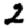
Digit: 2